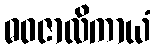
ဓဝဇာလိကာယံ